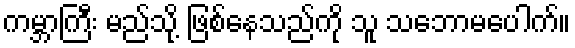
ကမ္ဘာကြီး မည်သို့ ဖြစ်နေသည်ကို သူ သဘောမပေါက်။